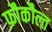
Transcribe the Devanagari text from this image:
फ़ौकौल्त